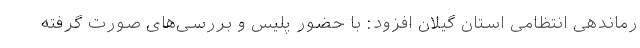
رماندهی انتظامی استان گیلان افزود: با حضور پلیس و بررسی‌های صورت گرفته